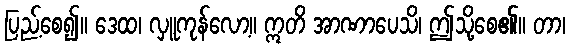
ပြည့်စေ၍။ ဒေထ၊ လှူကုန်လော့။ ဣတိ အာဏာပေသိ၊ ဤသို့စေ၏။ တာ၊